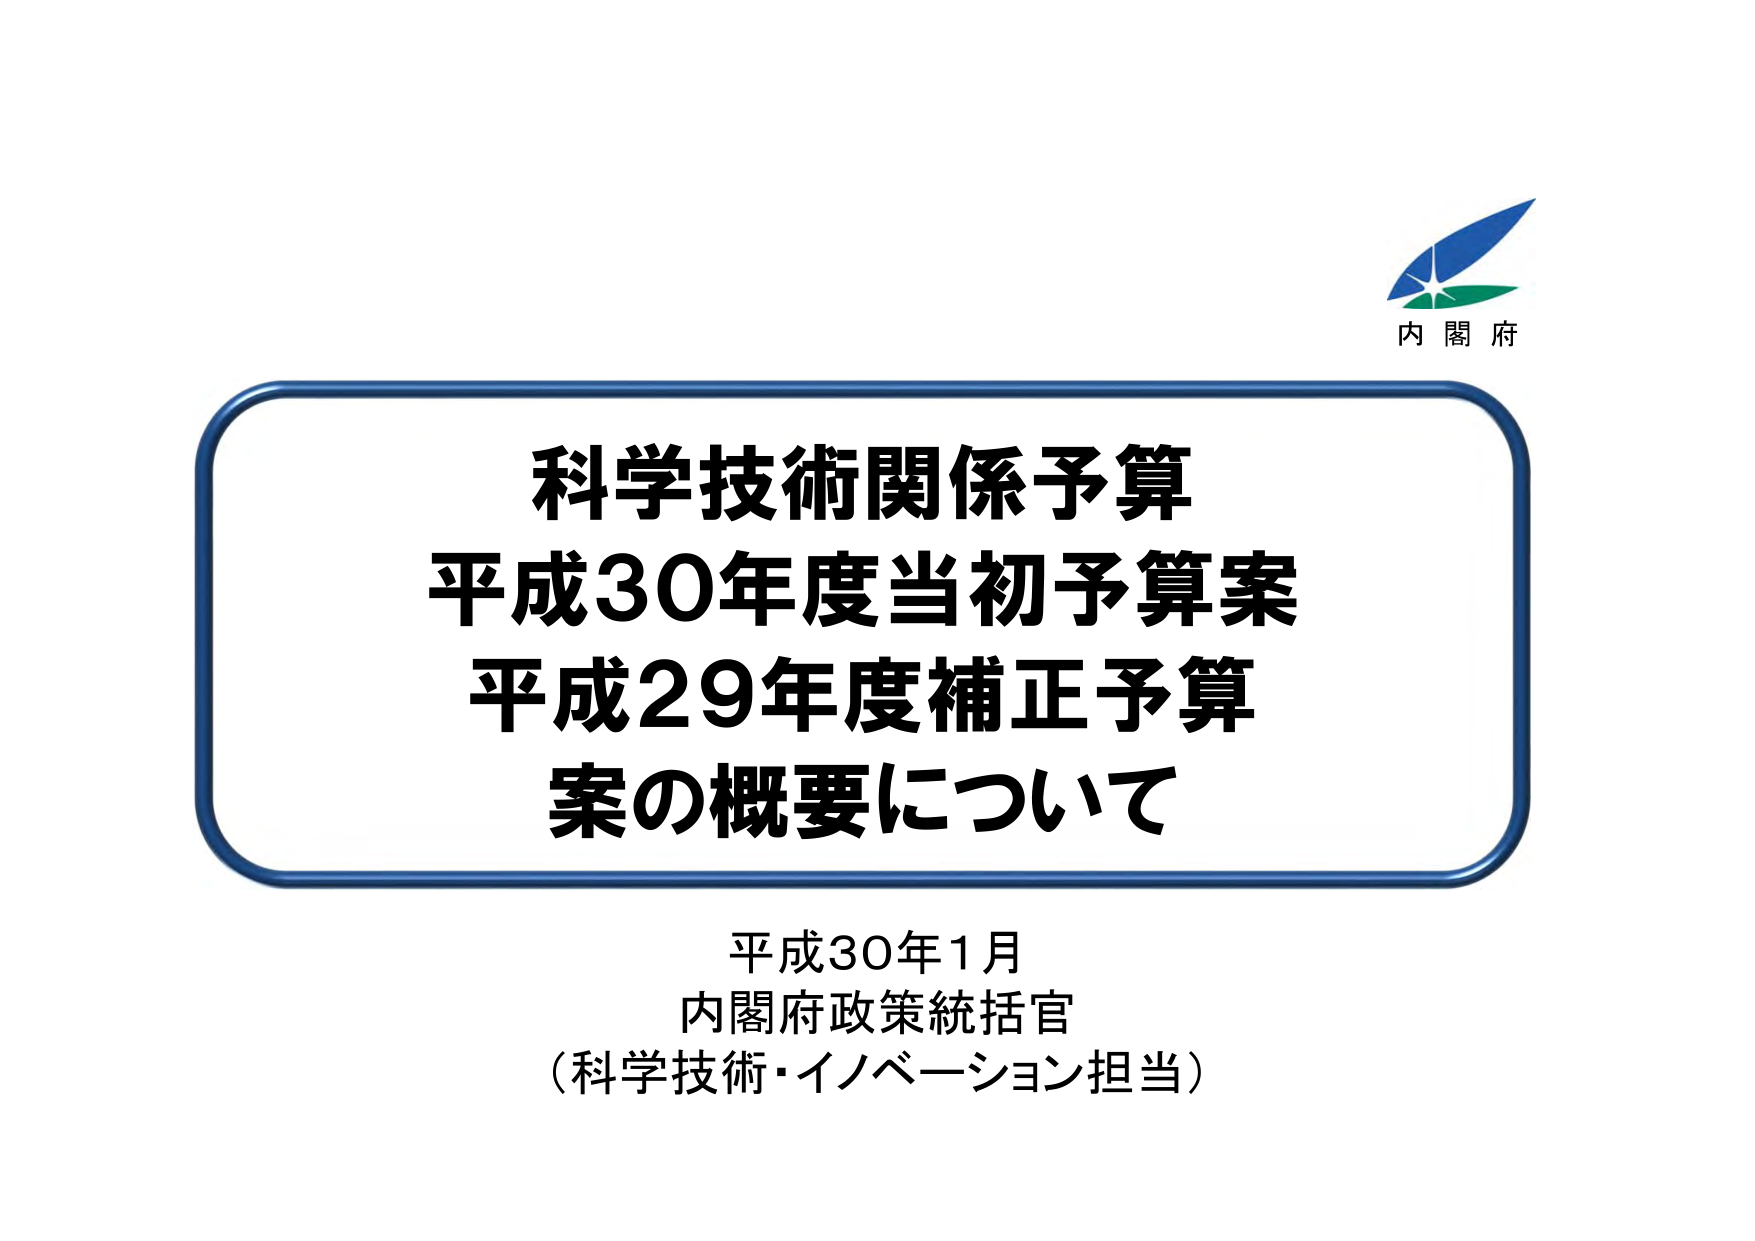
内閣府
科学技術関係予算
平成30年度当初予算案
平成29年度補正予算
案の概要について
平成30年1月
内閣府政策統括官
（科学技術・イノベーション担当）